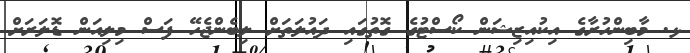
ޅ. މާބިންހުރާގެ އިކުއިޒިޝަން ކޯސްޓުގެ ގޮތުގައި ދައުލަތަށް ލިބެންޖެހޭ ފަސް މިލިއަން ޑޮލަރަށް